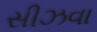
સીઝવા